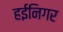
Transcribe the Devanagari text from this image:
हईनिगर